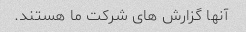
آنها گزارش های شرکت ما هستند.